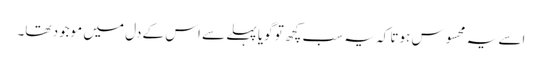
اسے یہ محسوس ہوتا کہ یہ سب کچھ تو گویا پہلے سے اس کے دل میں موجود تھا۔